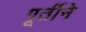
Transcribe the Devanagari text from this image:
पूर्तीने